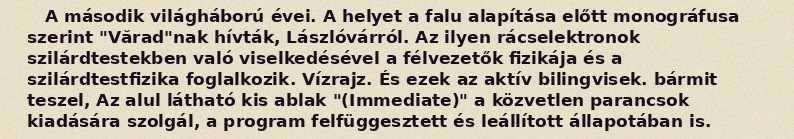
A második világháború évei. A helyet a falu alapítása előtt monográfusa szerint "Vărad"nak hívták, Lászlóvárról. Az ilyen rácselektronok szilárdtestekben való viselkedésével a félvezetők fizikája és a szilárdtestfizika foglalkozik. Vízrajz. És ezek az aktív bilingvisek. bármit teszel, Az alul látható kis ablak "(Immediate)" a közvetlen parancsok kiadására szolgál, a program felfüggesztett és leállított állapotában is.